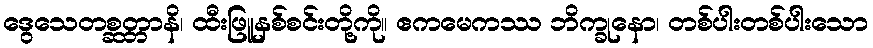
ဒွေသေတစ္ဆတ္တာနိ၊ ထီးဖြူနှစ်စင်းတို့ကို။ ဧကမေကဿ ဘိက္ခုနော၊ တစ်ပါးတစ်ပါးသော